Vaccine operations Central Provinces & Berar 1922-1929 - 1922-1929
Year: 1922
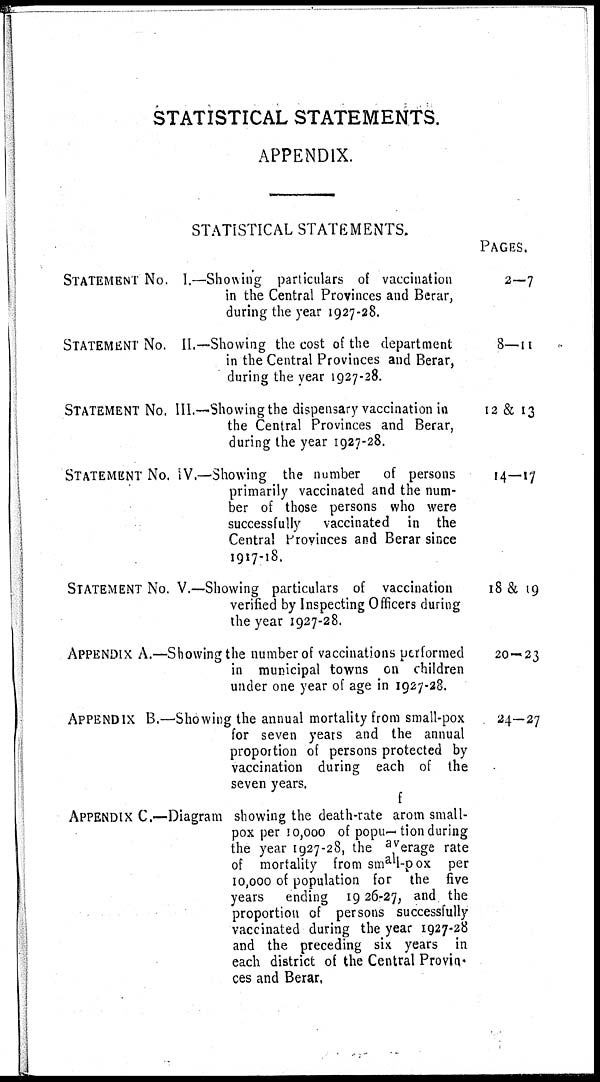
STATISTICAL STATEMENTS.
APPENDIX.
STATISTICAL STATEMENTS.
STATEMENT NO. I.—Showing particulars of vaccination
in the Central Provinces and Berar,
during the year 1927-28.
STATEMENT No. II.—Showing the cost of the department
in the Central Provinces and Berar,
during the year 1927-28.
STATEMENT No. III.—-Showing the dispensary vaccination in
the Central Provinces and Berar,
during the year 1927-28.
STATEMENT NO. IV.—Showing the number
of persons
primarily vaccinated and the num-
ber of those persons who were
successfully
vaccinated in the
Central Provinces and Berar since
1917-18.
STATEMENT No. V.—Showing particulars of vaccination
verified by Inspecting Officers during
the year 1927-28.
APPENDIX A.—Showing the number of vaccinations performed
in municipal towns on children
under one year of age in 1927-28.
APPENDIX B.—Showing the annual mortality from small-pox
for seven years and the annual
proportion of persons protected by
vaccination during each of the
seven years.
APPENDIX C.— Diagram showing the death-rate arom small-
pox per 10,000 of popu—tion during
the year 1927-28, the average rate
of mortality from small-pox per
10,000 of population for the five
years ending 19 26-27, and the
proportion of persons successfully
vaccinated during the year 1927-28
and the preceding six years in
each district of the Central Provin-
ces and Berar,
PAGES.
2—7
8—11
12 & 13
14-17
18 & 19
20—23
24—27